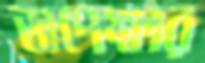
অপেক্ষার